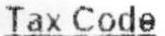
TAX CODE